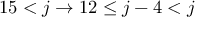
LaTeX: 1 5 < j \to 1 2 \leq j - 4 < j